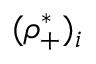
( \rho _ { + } ^ { * } ) _ { i }